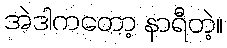
အဲဒါကတော့ နာရီတဲ့။